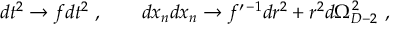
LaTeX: d t ^ { 2 } \to f d t ^ { 2 } \ , \ \ \ \ \ \ d x _ { n } d x _ { n } \to f ^ { \prime \, - 1 } d r ^ { 2 } + r ^ { 2 } d \Omega _ { D - 2 } ^ { 2 } \ ,